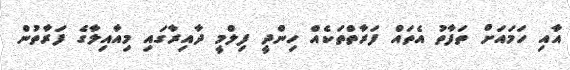
އާއި ހަމައަށް ތަފާތު އެތައް ފަރާތްތަކެއް ހިންދީ ފިލްމީ ދާއިރާގައި މިއާއިލާގެ ފަރާތުން